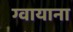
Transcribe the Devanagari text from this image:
ग्वायाना